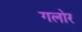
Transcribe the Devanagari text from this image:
गलोर